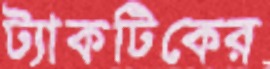
ট্যাকটিকের